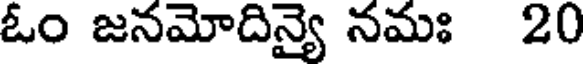
ఓం జనమోదిన్యై నమః 20